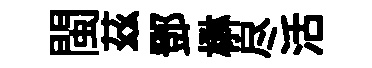
閩茲鄧楙尽活